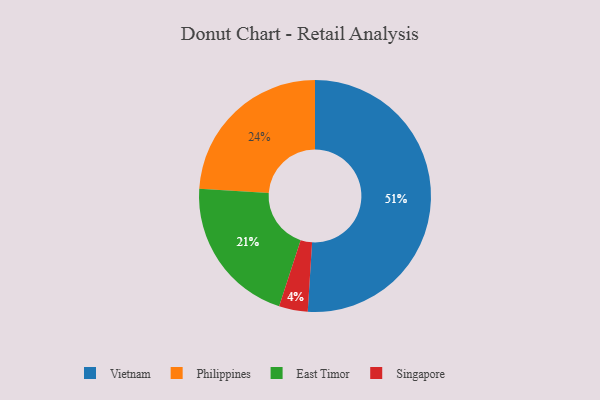
{"axis": {"x": "Category", "y": "Percentage"}, "legend": ["East Timor", "Philippines", "Singapore", "Vietnam"], "data": [{"x": "Singapore", "y": 4, "type": "Singapore"}, {"x": "East Timor", "y": 21, "type": "East Timor"}, {"x": "Vietnam", "y": 51, "type": "Vietnam"}, {"x": "Philippines", "y": 24, "type": "Philippines"}]}